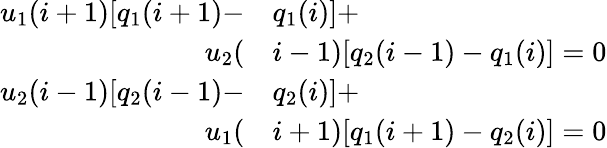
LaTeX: \begin{array}{rl}{u_{1}(i+1)[q_{1}(i+1)-}&{{}q_{1}(i)]+}\\ {u_{2}(}&{{}i-1)[q_{2}(i-1)-q_{1}(i)]=0}\\ {u_{2}(i-1)[q_{2}(i-1)-}&{{}q_{2}(i)]+}\\ {u_{1}(}&{{}i+1)[q_{1}(i+1)-q_{2}(i)]=0}\end{array}